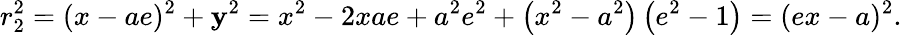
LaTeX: r_{2}^{2}=(x-ae)^{2}+\mathbf{y}^{2}=x^{2}-2xae+a^{2}e^{2}+\left(x^{2}-a^{2}\right)\left(e^{2}-1\right)=(ex-a)^{2}.